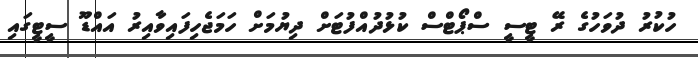
ހުކުރު ދުވަހުގެ ރޭ ޓީސީ ސްޕޯޓްސް ކުޅުދުއްފުޓަށް ދިޔުމަށް ހަމަޖެހިފައިވާއިރު އައްޑޫ ސީޓީގައި